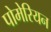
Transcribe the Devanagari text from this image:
पोमेरियन